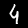
Digit: 4